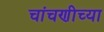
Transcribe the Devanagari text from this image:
चांचणीच्या